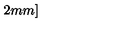
2 m m ]